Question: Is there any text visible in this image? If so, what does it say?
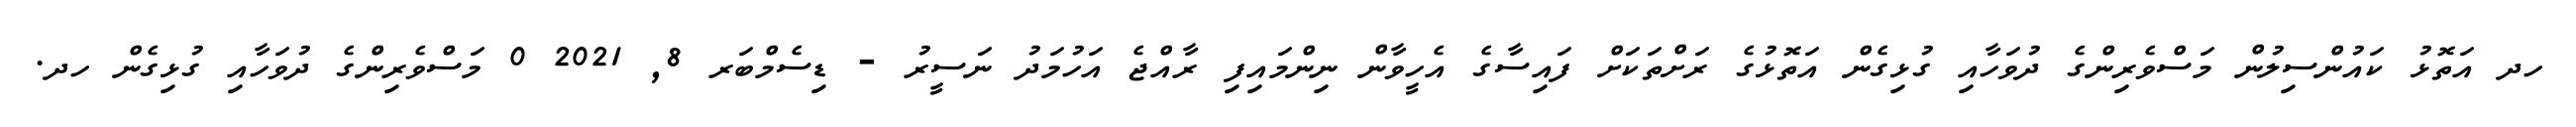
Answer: ހދ އަތޮޅު ކައުންސިލުން މަސްވެރިންގެ ދުވަހާއި ގުޅިގެން އަތޮޅުގެ ރަށްތަކަށް ފައިސާގެ އެހީވާން ނިންމައިފި ރާއްޖެ އަހުމަދު ނަސީރު - ޑިސެމްބަރ 8, 2021 0 މަސްވެރިންގެ ދުވަހާއި ގުޅިގެން ހދ.